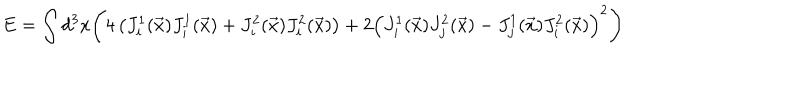
E = \int d ^ { 3 } x \Biggl ( 4 \left( J _ { i } ^ { 1 } ( \vec { x } ) J _ { i } ^ { 1 } ( \vec { x } ) + J _ { i } ^ { 2 } ( \vec { x } ) J _ { i } ^ { 2 } ( \vec { x } ) \right) + 2 \left( J _ { i } ^ { 1 } ( \vec { x } ) J _ { j } ^ { 2 } ( \vec { x } ) - J _ { j } ^ { 1 } ( \vec { x } ) J _ { i } ^ { 2 } ( \vec { x } ) \right) ^ { 2 } \Biggr )